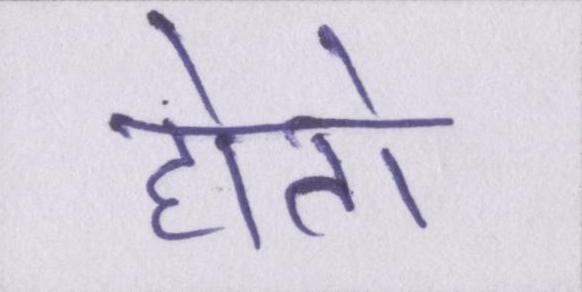
होतो